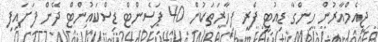
ޖީއެމްއާރުން ހިންގާ ޑިއުޓީ ފްރީ ފިހާރަތަކުން 40 ޕަސެންޓް ޑިސްކައުންޓް ދޭން ފަށައިފި